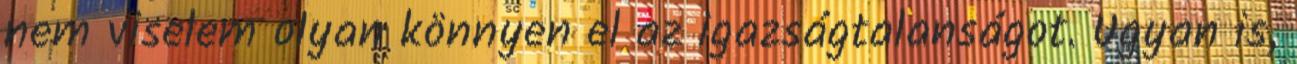
nem viselem olyan könnyen el az igazságtalanságot. Ugyan is,